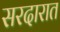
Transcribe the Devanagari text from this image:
सरदारात